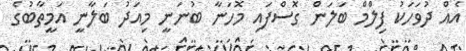
އެއް ދުވަހަކު ފިލްމް ބަލަން ގޮސްފައި މޮހަނާ ބުނަނީ މިއަދު ބަލާނީ އަމީތާބުގެ